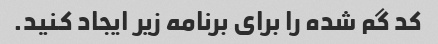
کد گم شده را برای برنامه زیر ایجاد کنید.